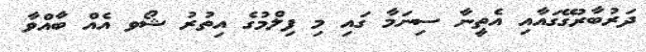
ދަރުބާރުގޭގައާއި އެތީނާ ސިނަމާ ގައި މި ފިލްމުގެ އިތުރު ޝޯވ އެއް ބާއްވާ